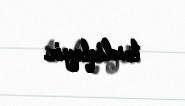
təsdiqləyir.